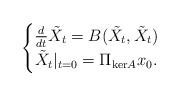
\begin{align*} \begin{cases}\frac{d}{dt} \tilde{X}_t = B(\tilde{X}_t,\tilde{X}_t) \\ \tilde{X}_t|_{t=0} = \Pi_{\mathrm{ker}A}x_0.\end{cases}\end{align*}